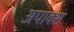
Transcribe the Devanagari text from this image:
अपाक्स